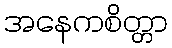
အနေကစိတ္တာ